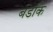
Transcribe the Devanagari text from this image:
बर्डाक